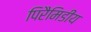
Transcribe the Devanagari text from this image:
पिरैमिडीय